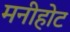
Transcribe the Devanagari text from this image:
मनीहोट